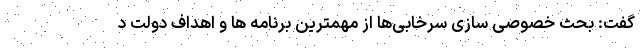
گفت: بحث خصوصی سازی سرخابی‌ها از مهمترین برنامه ها و اهداف دولت د